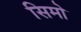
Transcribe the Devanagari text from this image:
सिमो